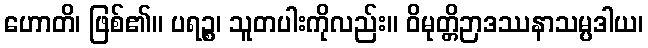
ဟောတိ၊ ဖြစ်၏။ ပရဉ္စ၊ သူတပါးကိုလည်း။ ဝိမုတ္တိဉာဒဿနာသမ္ပဒါယ၊